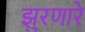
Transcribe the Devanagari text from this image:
झुरणारे